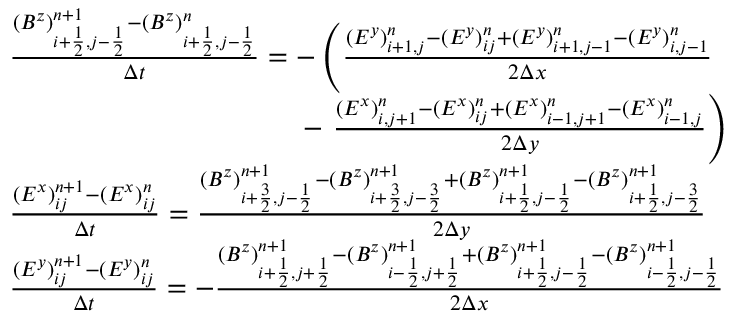
\begin{array} { r l } & { \frac { ( B ^ { z } ) _ { i + \frac 1 2 , j - \frac 1 2 } ^ { n + 1 } - ( B ^ { z } ) _ { i + \frac 1 2 , j - \frac 1 2 } ^ { n } } { \Delta t } = - \left( \frac { ( E ^ { y } ) _ { i + 1 , j } ^ { n } - ( E ^ { y } ) _ { i j } ^ { n } + ( E ^ { y } ) _ { i + 1 , j - 1 } ^ { n } - ( E ^ { y } ) _ { i , j - 1 } ^ { n } } { 2 \Delta x } \right. } \\ & { \phantom { m m m m m m m m m m m m m m } - \left. \frac { ( E ^ { x } ) _ { i , j + 1 } ^ { n } - ( E ^ { x } ) _ { i j } ^ { n } + ( E ^ { x } ) _ { i - 1 , j + 1 } ^ { n } - ( E ^ { x } ) _ { i - 1 , j } ^ { n } } { 2 \Delta y } \right) } \\ & { \frac { ( E ^ { x } ) _ { i j } ^ { n + 1 } - ( E ^ { x } ) _ { i j } ^ { n } } { \Delta t } = \frac { ( B ^ { z } ) _ { i + \frac 3 2 , j - \frac 1 2 } ^ { n + 1 } - ( B ^ { z } ) _ { i + \frac 3 2 , j - \frac 3 2 } ^ { n + 1 } + ( B ^ { z } ) _ { i + \frac 1 2 , j - \frac 1 2 } ^ { n + 1 } - ( B ^ { z } ) _ { i + \frac 1 2 , j - \frac 3 2 } ^ { n + 1 } } { 2 \Delta y } } \\ & { \frac { ( E ^ { y } ) _ { i j } ^ { n + 1 } - ( E ^ { y } ) _ { i j } ^ { n } } { \Delta t } = - \frac { ( B ^ { z } ) _ { i + \frac 1 2 , j + \frac 1 2 } ^ { n + 1 } - ( B ^ { z } ) _ { i - \frac 1 2 , j + \frac 1 2 } ^ { n + 1 } + ( B ^ { z } ) _ { i + \frac 1 2 , j - \frac 1 2 } ^ { n + 1 } - ( B ^ { z } ) _ { i - \frac 1 2 , j - \frac 1 2 } ^ { n + 1 } } { 2 \Delta x } } \end{array}